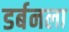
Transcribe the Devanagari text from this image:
डर्बनला